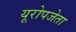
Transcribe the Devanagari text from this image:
यूरोपजेता